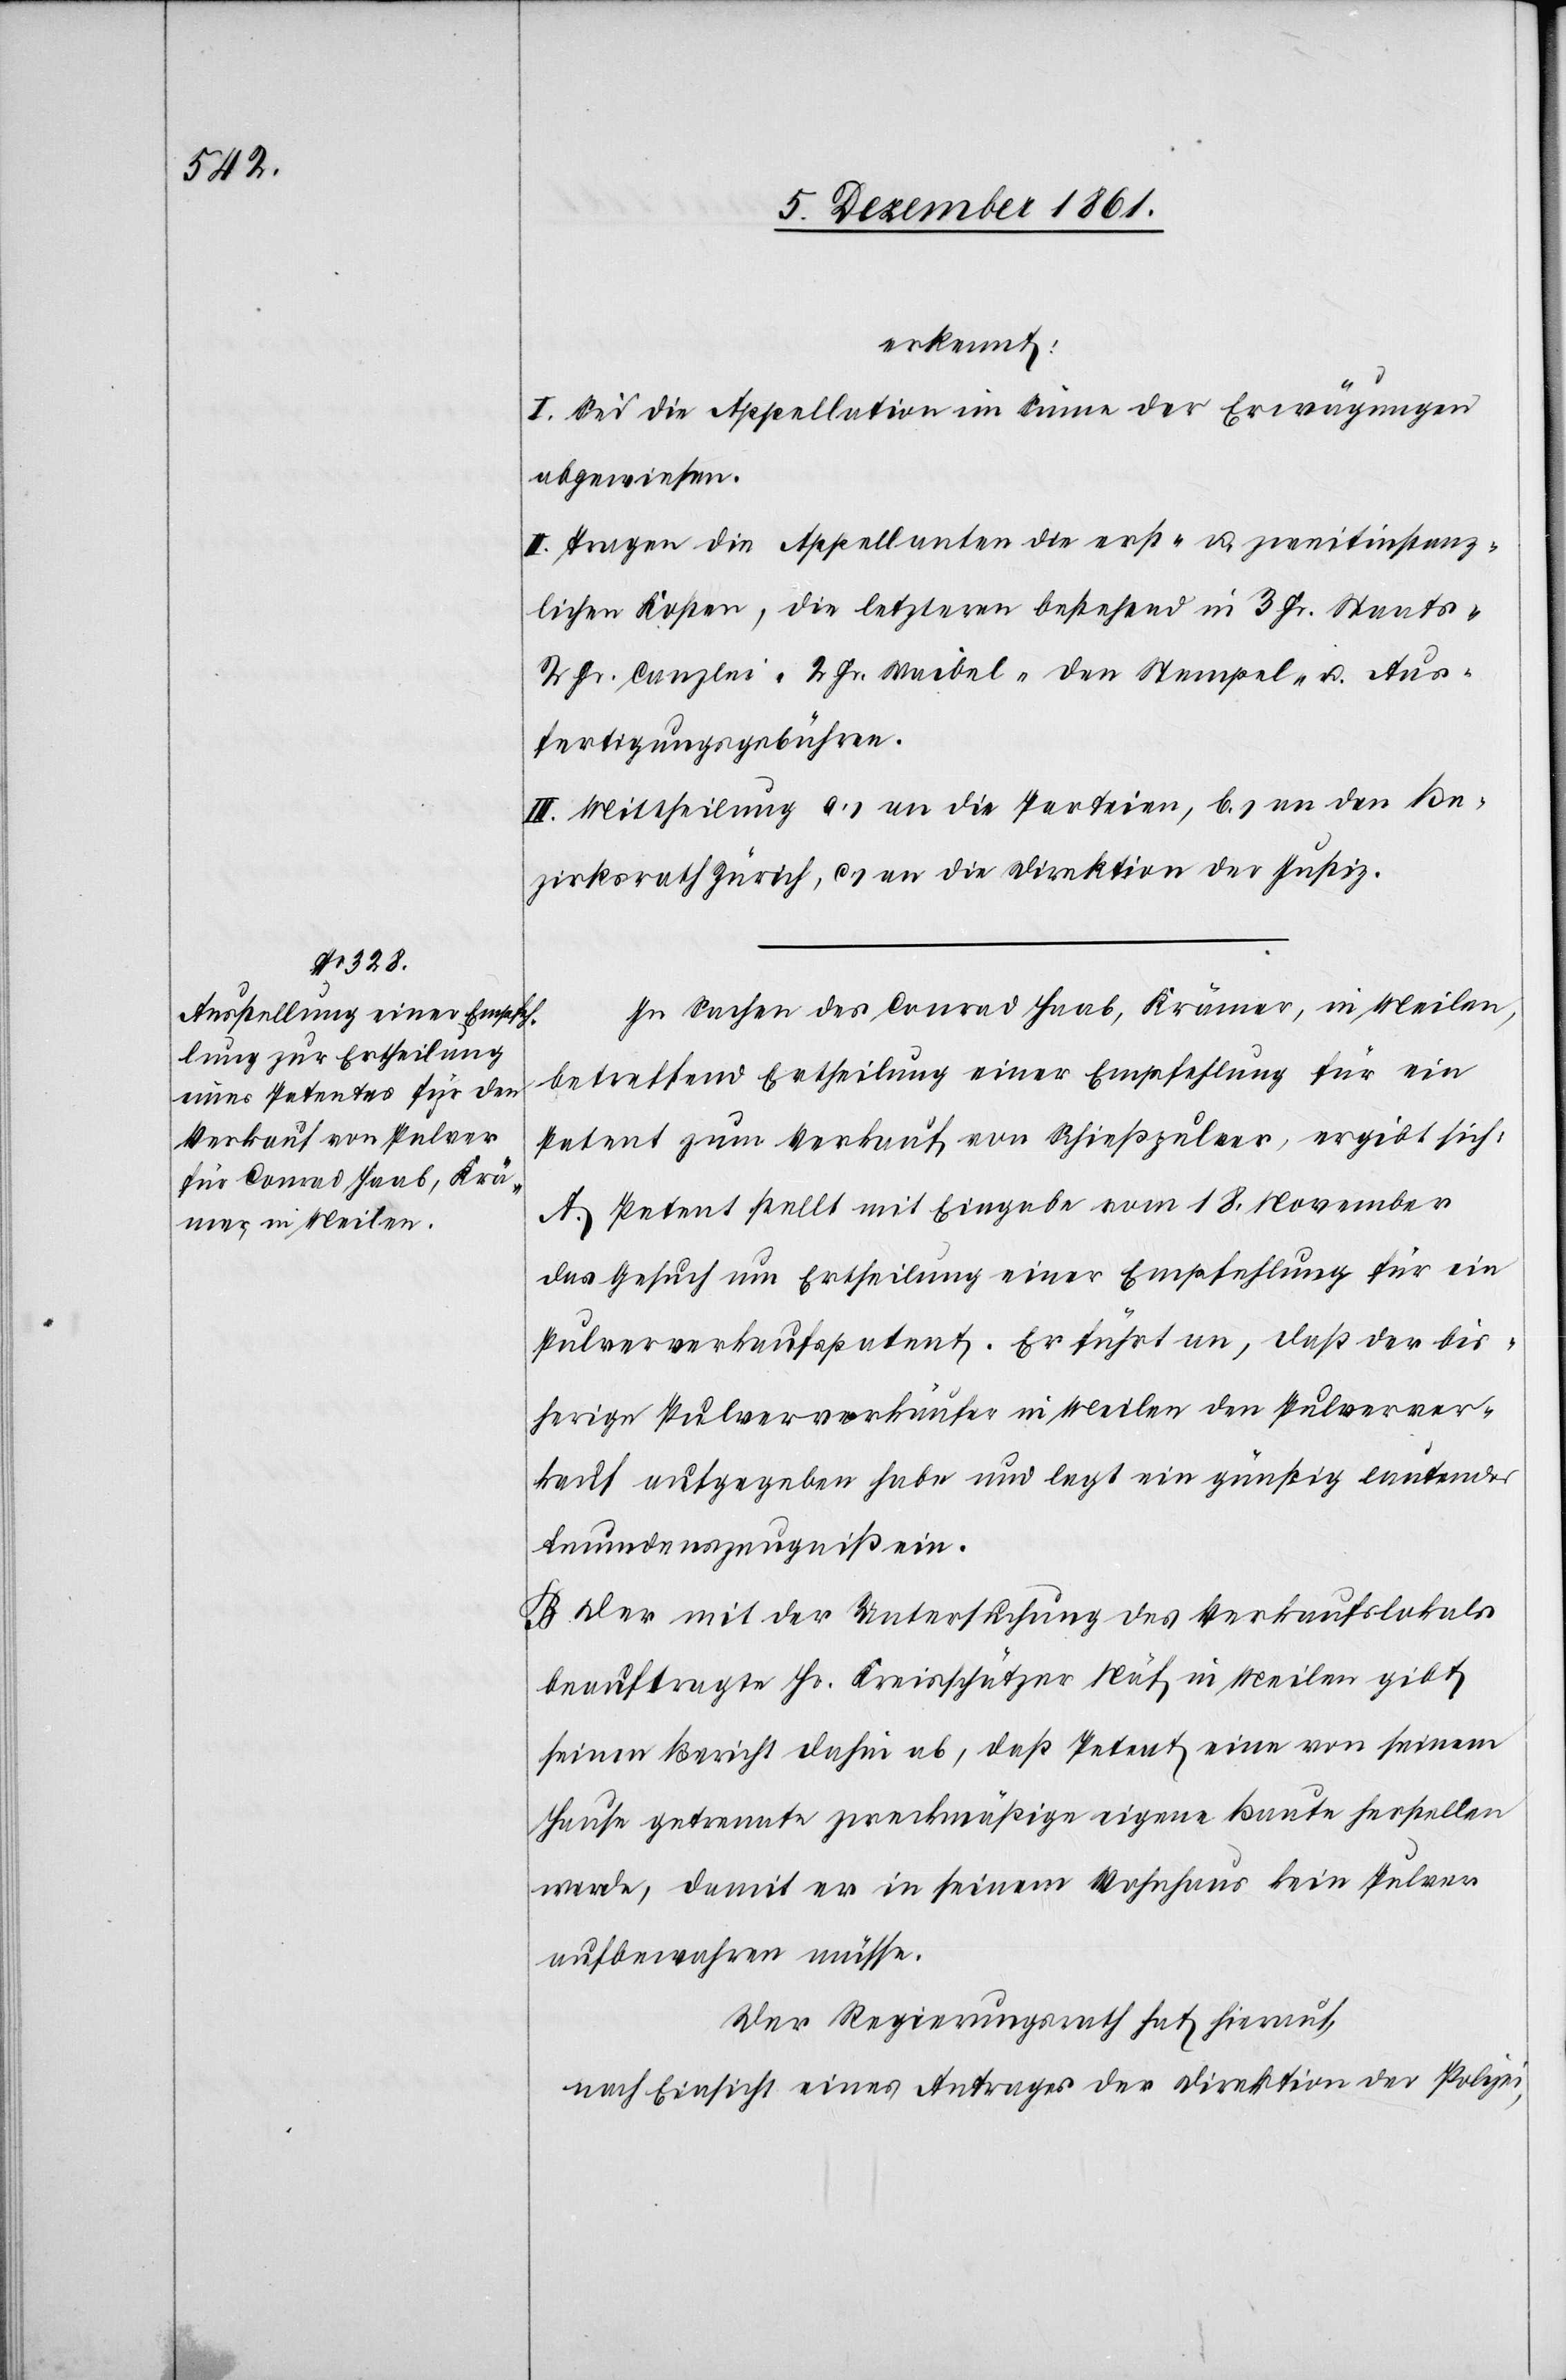
erkennt:
I. Sei die Appellation im Sinne der Erwägungen
abgewiesen.
II. Tragen die Appellanten die erst- u. zweitinstanz¬
lichen Kosten, die letztern bestehend in 3 Fr. Staats-[,]
2 Fr. Canzlei-[,] 2 Fr. Waibel-[,] den Stempel- u. Aus¬
fertigungsgebühren.
III. Mittheilung a) an die Parteien, b) an den Be¬
zirksrath Zürich, c) an die Direktion der Justiz.
In Sachen des Conrad Haab, Krämer, in Meilen,
betreffend Ertheilung einer Empfehlung für ein
Patent zum Verkauf von Schießpulver, ergibt sich:
A. Petent stellt mit Eingabe vom 18 November
das Gesuch um Ertheilung einer Empfehlung für ein
Pulververkaufspatent. Er führt an, daß der bis¬
herige Pulververkäufer in Meilen den Pulverver¬
kauf aufgegeben habe und legt ein günstig lautendes
Leumundszeugniß ein.
B. Der mit der Untersuchung des Verkaufslokals
beauftragte Hr. Kreisschätzer Näf in Meilen gibt
seinen Bericht dahin ab, daß Petent eine von seinem
Hause getrennte zweckmäßige eigene Baute herstellen
werde, damit er in seinem Wohnhaus kein Pulver
aufbewahren müsse.
Der Regierungsrath hat hierauf,
nach Einsicht eines Antrages der Direktion der Polizei,